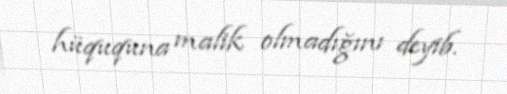
hüququna malik olmadığını deyib.